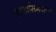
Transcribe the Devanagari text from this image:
शाखांसमवेतच